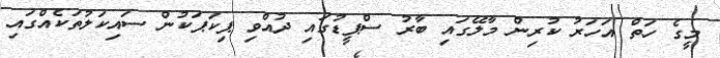
މީގެ ހަތް އަހަރު ކުރިން މާލޭގައި ބާރު ސްޕީޑުގައި ދުއްވި ޕިކަޕަކުން ސައިކަލުތަކެއްގައި